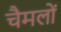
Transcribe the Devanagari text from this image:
चैमलों